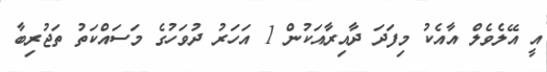
އީ އޭލެވެލް އާއެކު މިފަދަ ދާއިރާއަކުން 1 އަހަރު ދުވަހުގެ މަސައްކަތު ތަޖުރިބާ